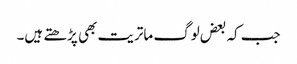
جب کہ بعض لوگ ماتریت بھی پڑھتے ہیں۔